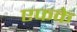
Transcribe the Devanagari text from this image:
एफके